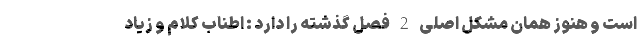
است و هنوز همان مشکل اصلی 2 فصل گذشته را دارد : اطناب کلام و زیاد